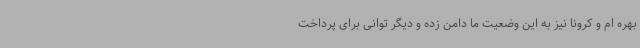
بهره ام و کرونا نیز به این وضعیت ما دامن زده و دیگر توانی برای پرداخت